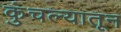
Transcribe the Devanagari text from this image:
कुंचल्यातून